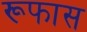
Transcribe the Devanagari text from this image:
रूफास